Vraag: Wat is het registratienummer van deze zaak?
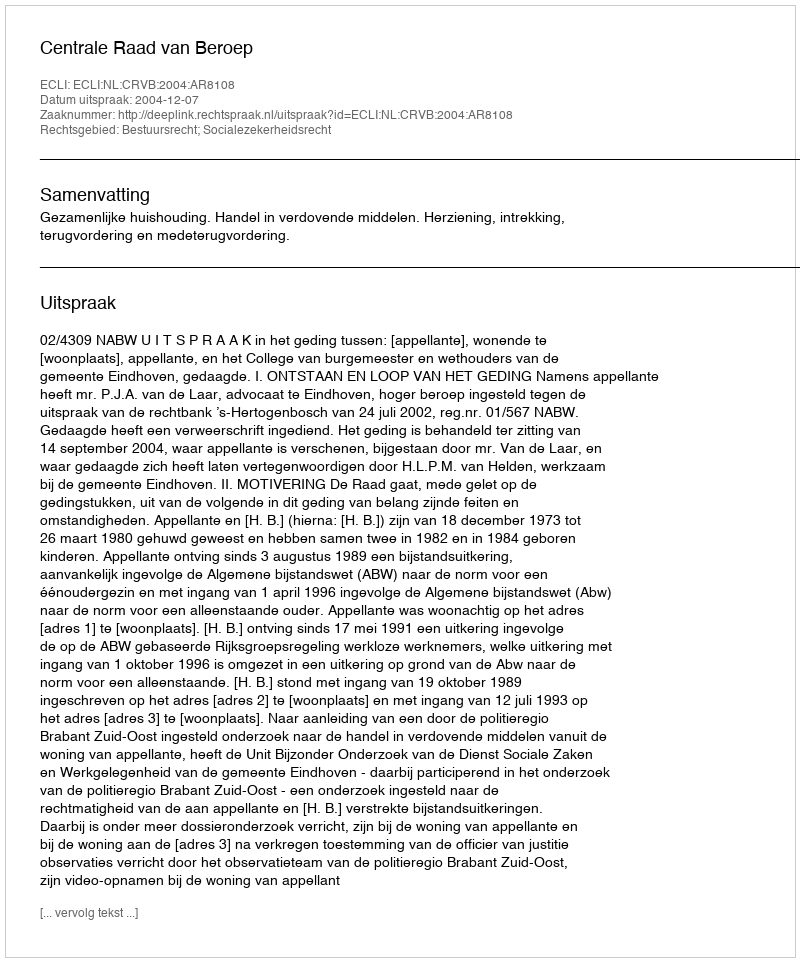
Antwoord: http://deeplink.rechtspraak.nl/uitspraak?id=ECLI:NL:CRVB:2004:AR8108